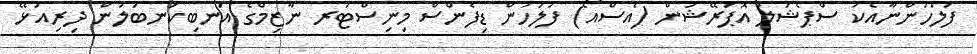
ފުލުހުންނާއެކު ސްޕެޝަލް އޮޕަރޭޝަން (އެސްއޯ) ފުލުހުން ޑިފެންސް މިނިސްޓަރ ނާޒިމްގެ އަނބިކަނބަލުން ދިރިއުޅޭ